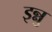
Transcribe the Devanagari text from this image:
इन्नु